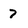
Character: 7